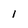
Character: 1